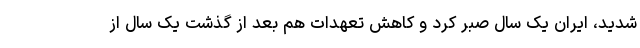
شدید، ایران یک سال صبر کرد و کاهش تعهدات هم بعد از گذشت یک سال از